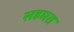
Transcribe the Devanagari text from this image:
सहमत